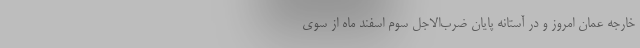
خارجه عمان امروز و در آستانه پایان ضرب‌الاجل سوم اسفند ماه از سوی